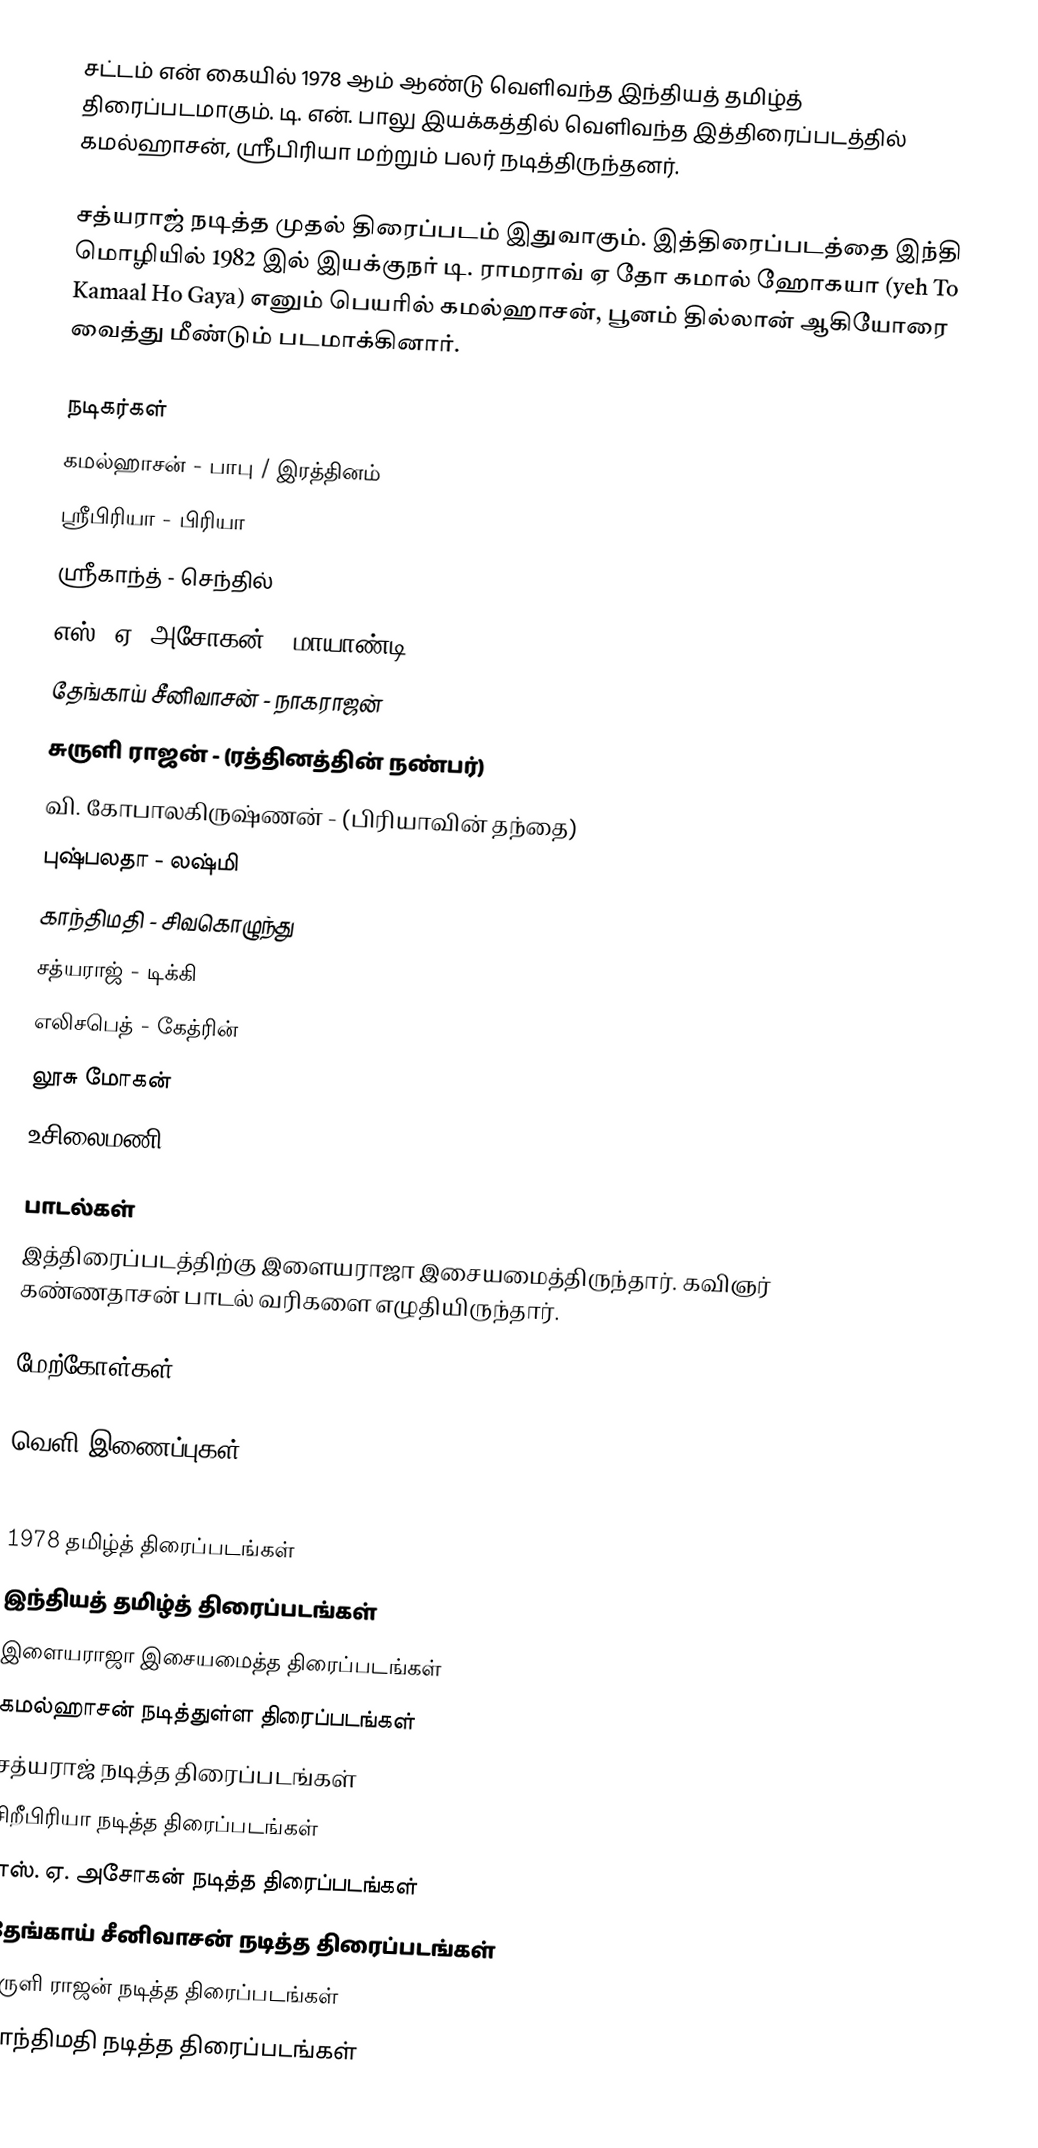
சட்டம் என் கையில் 1978 ஆம் ஆண்டு வெளிவந்த இந்தியத் தமிழ்த் திரைப்படமாகும். டி. என். பாலு இயக்கத்தில் வெளிவந்த இத்திரைப்படத்தில் கமல்ஹாசன், ஸ்ரீபிரியா மற்றும் பலர் நடித்திருந்தனர்.

சத்யராஜ் நடித்த முதல் திரைப்படம் இதுவாகும். இத்திரைப்படத்தை இந்தி மொழியில் 1982 இல் இயக்குநர் டி. ராமராவ் ஏ தோ கமால் ஹோகயா (yeh To Kamaal Ho Gaya) எனும் பெயரில் கமல்ஹாசன், பூனம் தில்லான் ஆகியோரை வைத்து மீண்டும் படமாக்கினார்.

நடிகர்கள்
கமல்ஹாசன் -  பாபு / இரத்தினம்
ஸ்ரீபிரியா - பிரியா
ஸ்ரீகாந்த் - செந்தில்
எஸ். ஏ. அசோகன் - மாயாண்டி
தேங்காய் சீனிவாசன் - நாகராஜன்
சுருளி ராஜன் - (ரத்தினத்தின் நண்பர்)
 வி. கோபாலகிருஷ்ணன் - (பிரியாவின் தந்தை)
 புஷ்பலதா - லஷ்மி
காந்திமதி - சிவகொழுந்து
சத்யராஜ் - டிக்கி
 எலிசபெத் - கேத்ரின்
லூசு மோகன்
 உசிலைமணி

பாடல்கள்
இத்திரைப்படத்திற்கு இளையராஜா இசையமைத்திருந்தார். கவிஞர் கண்ணதாசன் பாடல் வரிகளை எழுதியிருந்தார்.

மேற்கோள்கள்

வெளி இணைப்புகள்

1978 தமிழ்த் திரைப்படங்கள்
இந்தியத் தமிழ்த் திரைப்படங்கள்
இளையராஜா இசையமைத்த திரைப்படங்கள்
கமல்ஹாசன் நடித்துள்ள திரைப்படங்கள்
சத்யராஜ் நடித்த திரைப்படங்கள்
சிறீபிரியா நடித்த திரைப்படங்கள்
எஸ். ஏ. அசோகன் நடித்த திரைப்படங்கள்
தேங்காய் சீனிவாசன் நடித்த திரைப்படங்கள்
சுருளி ராஜன் நடித்த திரைப்படங்கள்
காந்திமதி நடித்த திரைப்படங்கள்